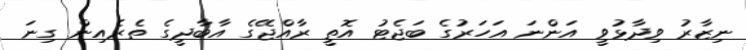
ނިޒާރު ވިދާޅުވީ އަންނަ އަހަރުގެ ބަޖެޓު އޮތީ ރާއްޖޭގެ އާބާދީގެ ތެރެއިން ގިނަ